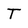
Character: T